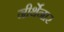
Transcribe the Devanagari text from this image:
नीर्थेनार